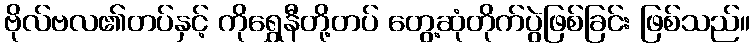
ဗိုလ်ဗလ၏တပ်နှင့် ကိုရွှေနီတို့တပ် တွေ့ဆုံတိုက်ပွဲဖြစ်ခြင်း ဖြစ်သည်။